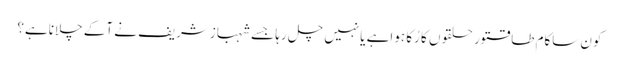
کون ساکام طاقتور حلقوں کا رُکا ہواہے یانہیں چل رہا جسے شہبازشریف نے آکے چلاناہے؟